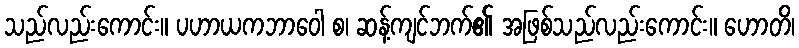
သည်လည်းကောင်း။ ပဟာယကဘာဝေါ စ၊ ဆန့်ကျင်ဘက်၏ အဖြစ်သည်လည်းကောင်း။ ဟောတိ၊